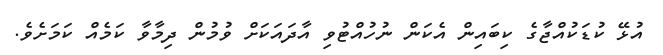
އުޅޭ ކުޑަކުއްޖާގެ ކިބައިން އެކަން ނުހުއްޓުވި އާދައަކަށް ވުމުން ދިމާވާ ކަމެއް ކަމަށެވެ.